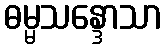
ဓမ္မသန္ဒောသာ